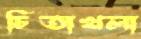
চিতাখলা